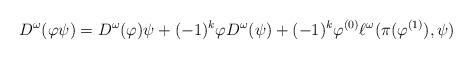
LaTeX: \begin{align*}D^{\omega}(\varphi\psi)=D^{\omega}(\varphi)\psi+(-1)^k\varphi D^{\omega}(\psi)+(-1)^k \varphi^{(0)}\ell^{\omega}(\pi(\varphi^{(1)}),\psi)\end{align*}